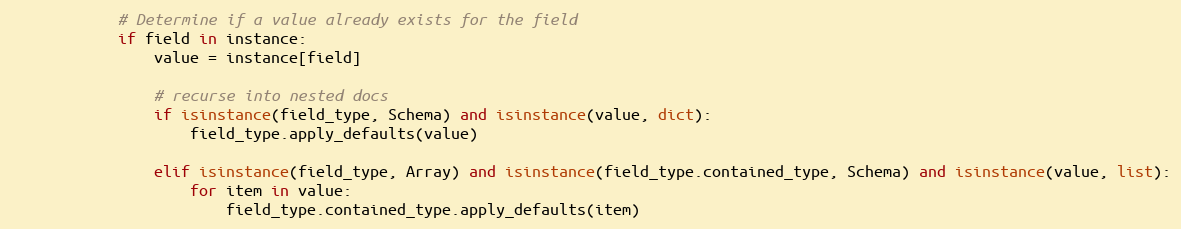
Language: Python
            # Determine if a value already exists for the field
            if field in instance:
                value = instance[field]

                # recurse into nested docs
                if isinstance(field_type, Schema) and isinstance(value, dict):
                    field_type.apply_defaults(value)

                elif isinstance(field_type, Array) and isinstance(field_type.contained_type, Schema) and isinstance(value, list):
                    for item in value:
                        field_type.contained_type.apply_defaults(item)